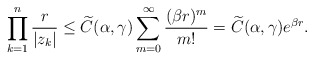
\begin{align*}\prod^{n}_{k=1}\frac{r}{|z_k|} \leq \widetilde{C}(\alpha,\gamma)\sum_{m=0}^{\infty}\frac{(\beta r)^{m}}{m!}=\widetilde{C}(\alpha,\gamma) e^{\beta r}.\end{align*}